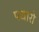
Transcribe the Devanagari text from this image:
पधारो